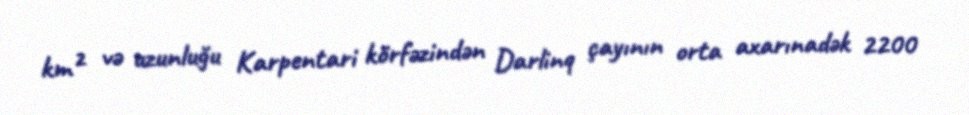
km² və uzunluğu Karpentari körfəzindən Darlinq çayının orta axarınadək 2200